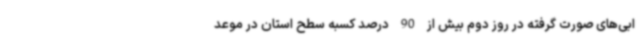
ابی‌های صورت گرفته در روز دوم بیش از 90 درصد کسبه سطح استان در موعد